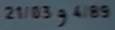
21/03@4/8